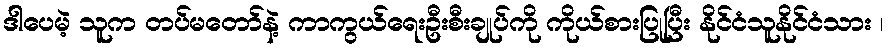
ဒါပေမဲ့ သူက တပ်မတော်နဲ့ ကာကွယ်ရေးဦးစီးချုပ်ကို ကိုယ်စားပြုပြီး နိုင်ငံသူနိုင်ငံသား ၊